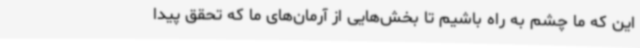
این که ما چشم به راه باشیم تا بخش‌هایی از آرمان‌های ما که تحقق پیدا